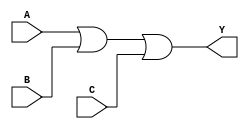
module OR_Gate(
    input A,
    input B,
    input C,
    output Y
);

assign Y = A | B | C;

endmodule